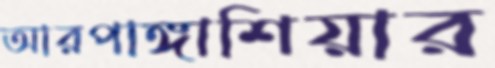
আরপাঙ্গাশিয়ার